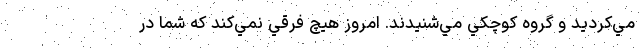
مي‌كرديد و گروه كوچكي مي‌شنيدند. امروز هيچ فرقي نمي‌كند كه شما در